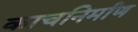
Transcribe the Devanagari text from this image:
काचनिर्माण